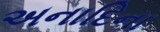
અનાદિના